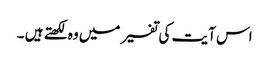
اس آیت کی تفسیر میں وہ لکھتے ہیں ۔